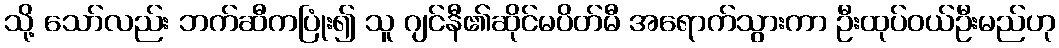
သို့ သော်လည်း ဘက်ဆီကပြုံး၍ သူ ဂျင်နီ၏ဆိုင်မပိတ်မီ အရောက်သွားကာ ဦးထုပ်ဝယ်ဦးမည်ဟု